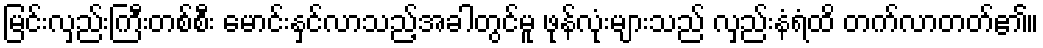
မြင်းလှည်းကြီးတစ်စီး မောင်းနှင်လာသည့်အခါတွင်မူ ဖုန်လုံးများသည် လှည်းနံရံထိ တက်လာတတ်၏။